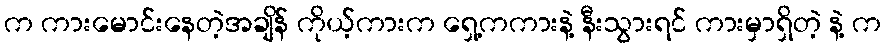
က ကားမောင်းနေတဲ့အချိန် ကိုယ့်ကားက ရှေ့ကကားနဲ့ နီးသွားရင် ကားမှာရှိတဲ့ နဲ့ က